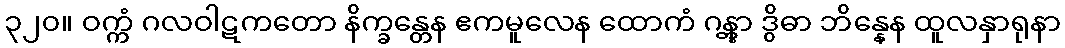
၃၂၀။ ဝက္ကံ ဂလဝါဋကတော နိက္ခန္တေန ဧကမူလေန ထောကံ ဂန္တွာ ဒွိဓာ ဘိန္နေန ထူလနှာရုနာ